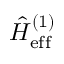
\hat { H } _ { \mathrm { e f f } } ^ { ( 1 ) }